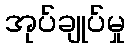
အုပ်ချုပ်မှု